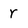
Character: r